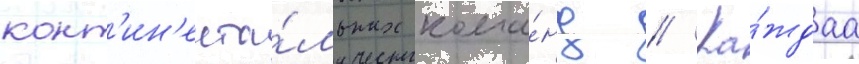
конт'ин'ента́льных кома́нд // Ка́ждаа